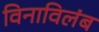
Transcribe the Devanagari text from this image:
विनाविलंब